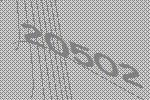
20502